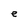
Character: e